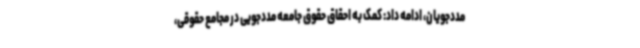
مددجویان، ادامه داد: کمک به احقاق حقوق جامعه مددجویی در مجامع حقوقی،